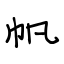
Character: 帆